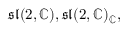
{ \mathfrak { s l } } ( 2 , \mathbb { C } ) , { \mathfrak { s l } } ( 2 , \mathbb { C } ) _ { \mathbb { C } } ,